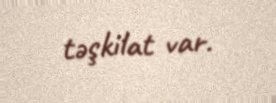
təşkilat var.